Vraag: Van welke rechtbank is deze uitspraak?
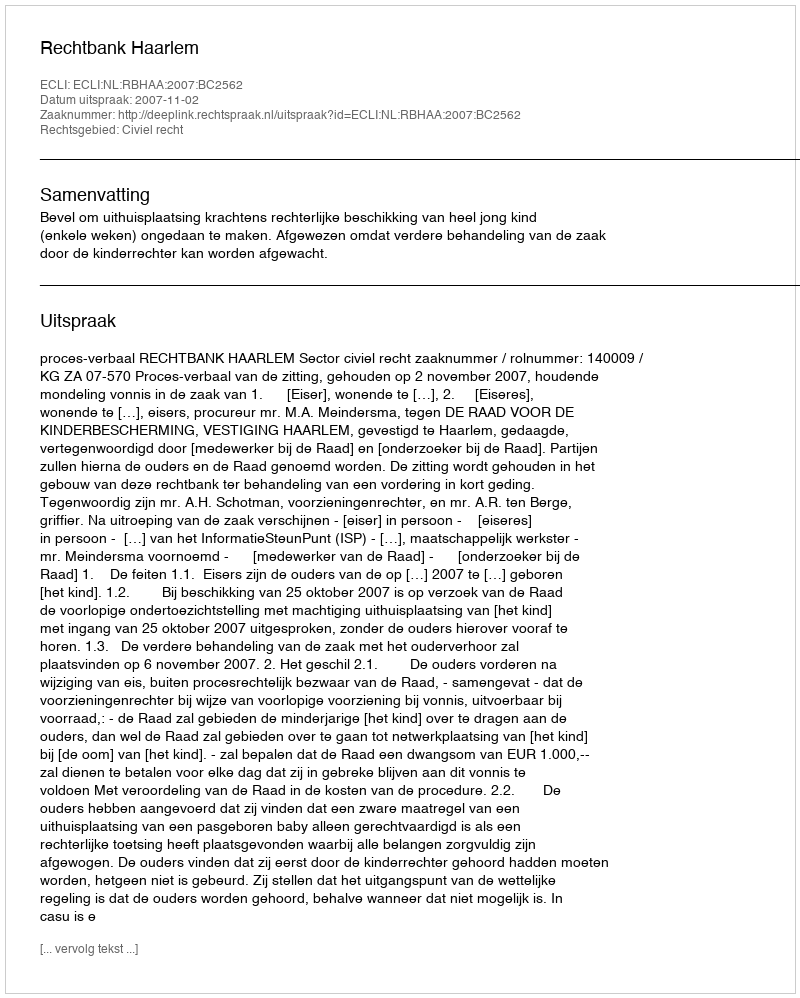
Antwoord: Rechtbank Haarlem